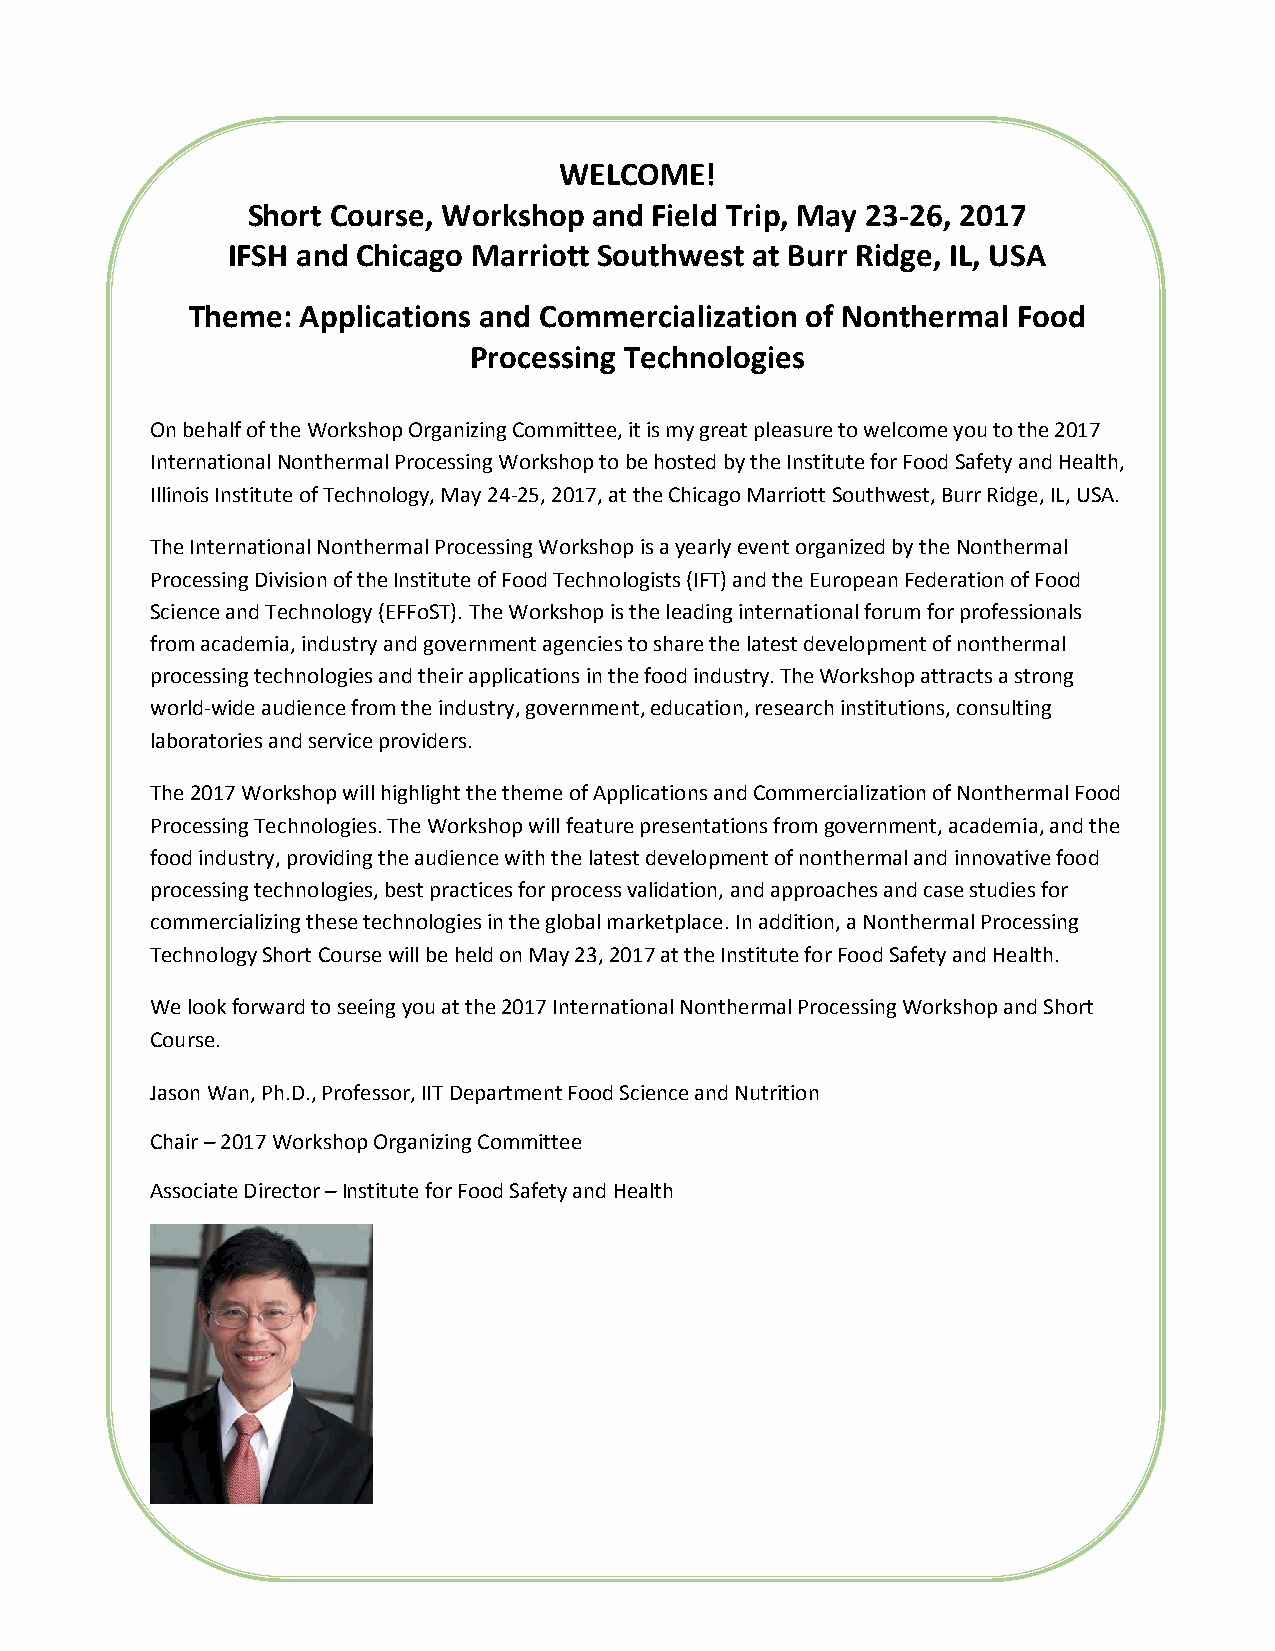
WELCOME!
 Short Course, Workshop and Field Trip, May 23-26, 2017
 IFSH and Chicago Marriott Southwest at Burr Ridge, IL, USA
 Theme: Applications and Commercialization of Nonthermal Food
 Processing Technologies
 On behalf of the Workshop Organizing Committee, it is my great pleasure to welcome you to the 2017
 International Nonthermal Processing Workshop to be hosted by the Institute for Food Safety and Health,
 Illinois Institute of Technology, May 24-25, 2017, at the Chicago Marriott Southwest, Burr Ridge, IL, USA.
 The International Nonthermal Processing Workshop is a yearly event organized by the Nonthermal
 Processing Division of the Institute of Food Technologists (IFT) and the European Federation of Food
 Science and Technology (EFFoST). The Workshop is the leading international forum for professionals
 from academia, industry and government agencies to share the latest development of nonthermal
 processing technologies and their applications in the food industry. The Workshop attracts a strong
 world-wide audience from the industry, government, education, research institutions, consulting
 laboratories and service providers.
 The 2017 Workshop will highlight the theme of Applications and Commercialization of Nonthermal Food
 Processing Technologies. The Workshop will feature presentations from government, academia, and the
 food industry, providing the audience with the latest development of nonthermal and innovative food
 processing technologies, best practices for process validation, and approaches and case studies for
 commercializing these technologies in the global marketplace. In addition, a Nonthermal Processing
 Technology Short Course will be held on May 23, 2017 at the Institute for Food Safety and Health.
 We look forward to seeing you at the 2017 International Nonthermal Processing Workshop and Short
 Course.
 Jason Wan, Ph.D., Professor, IIT Department Food Science and Nutrition
 Chair – 2017 Workshop Organizing Committee
 Associate Director – Institute for Food Safety and Health